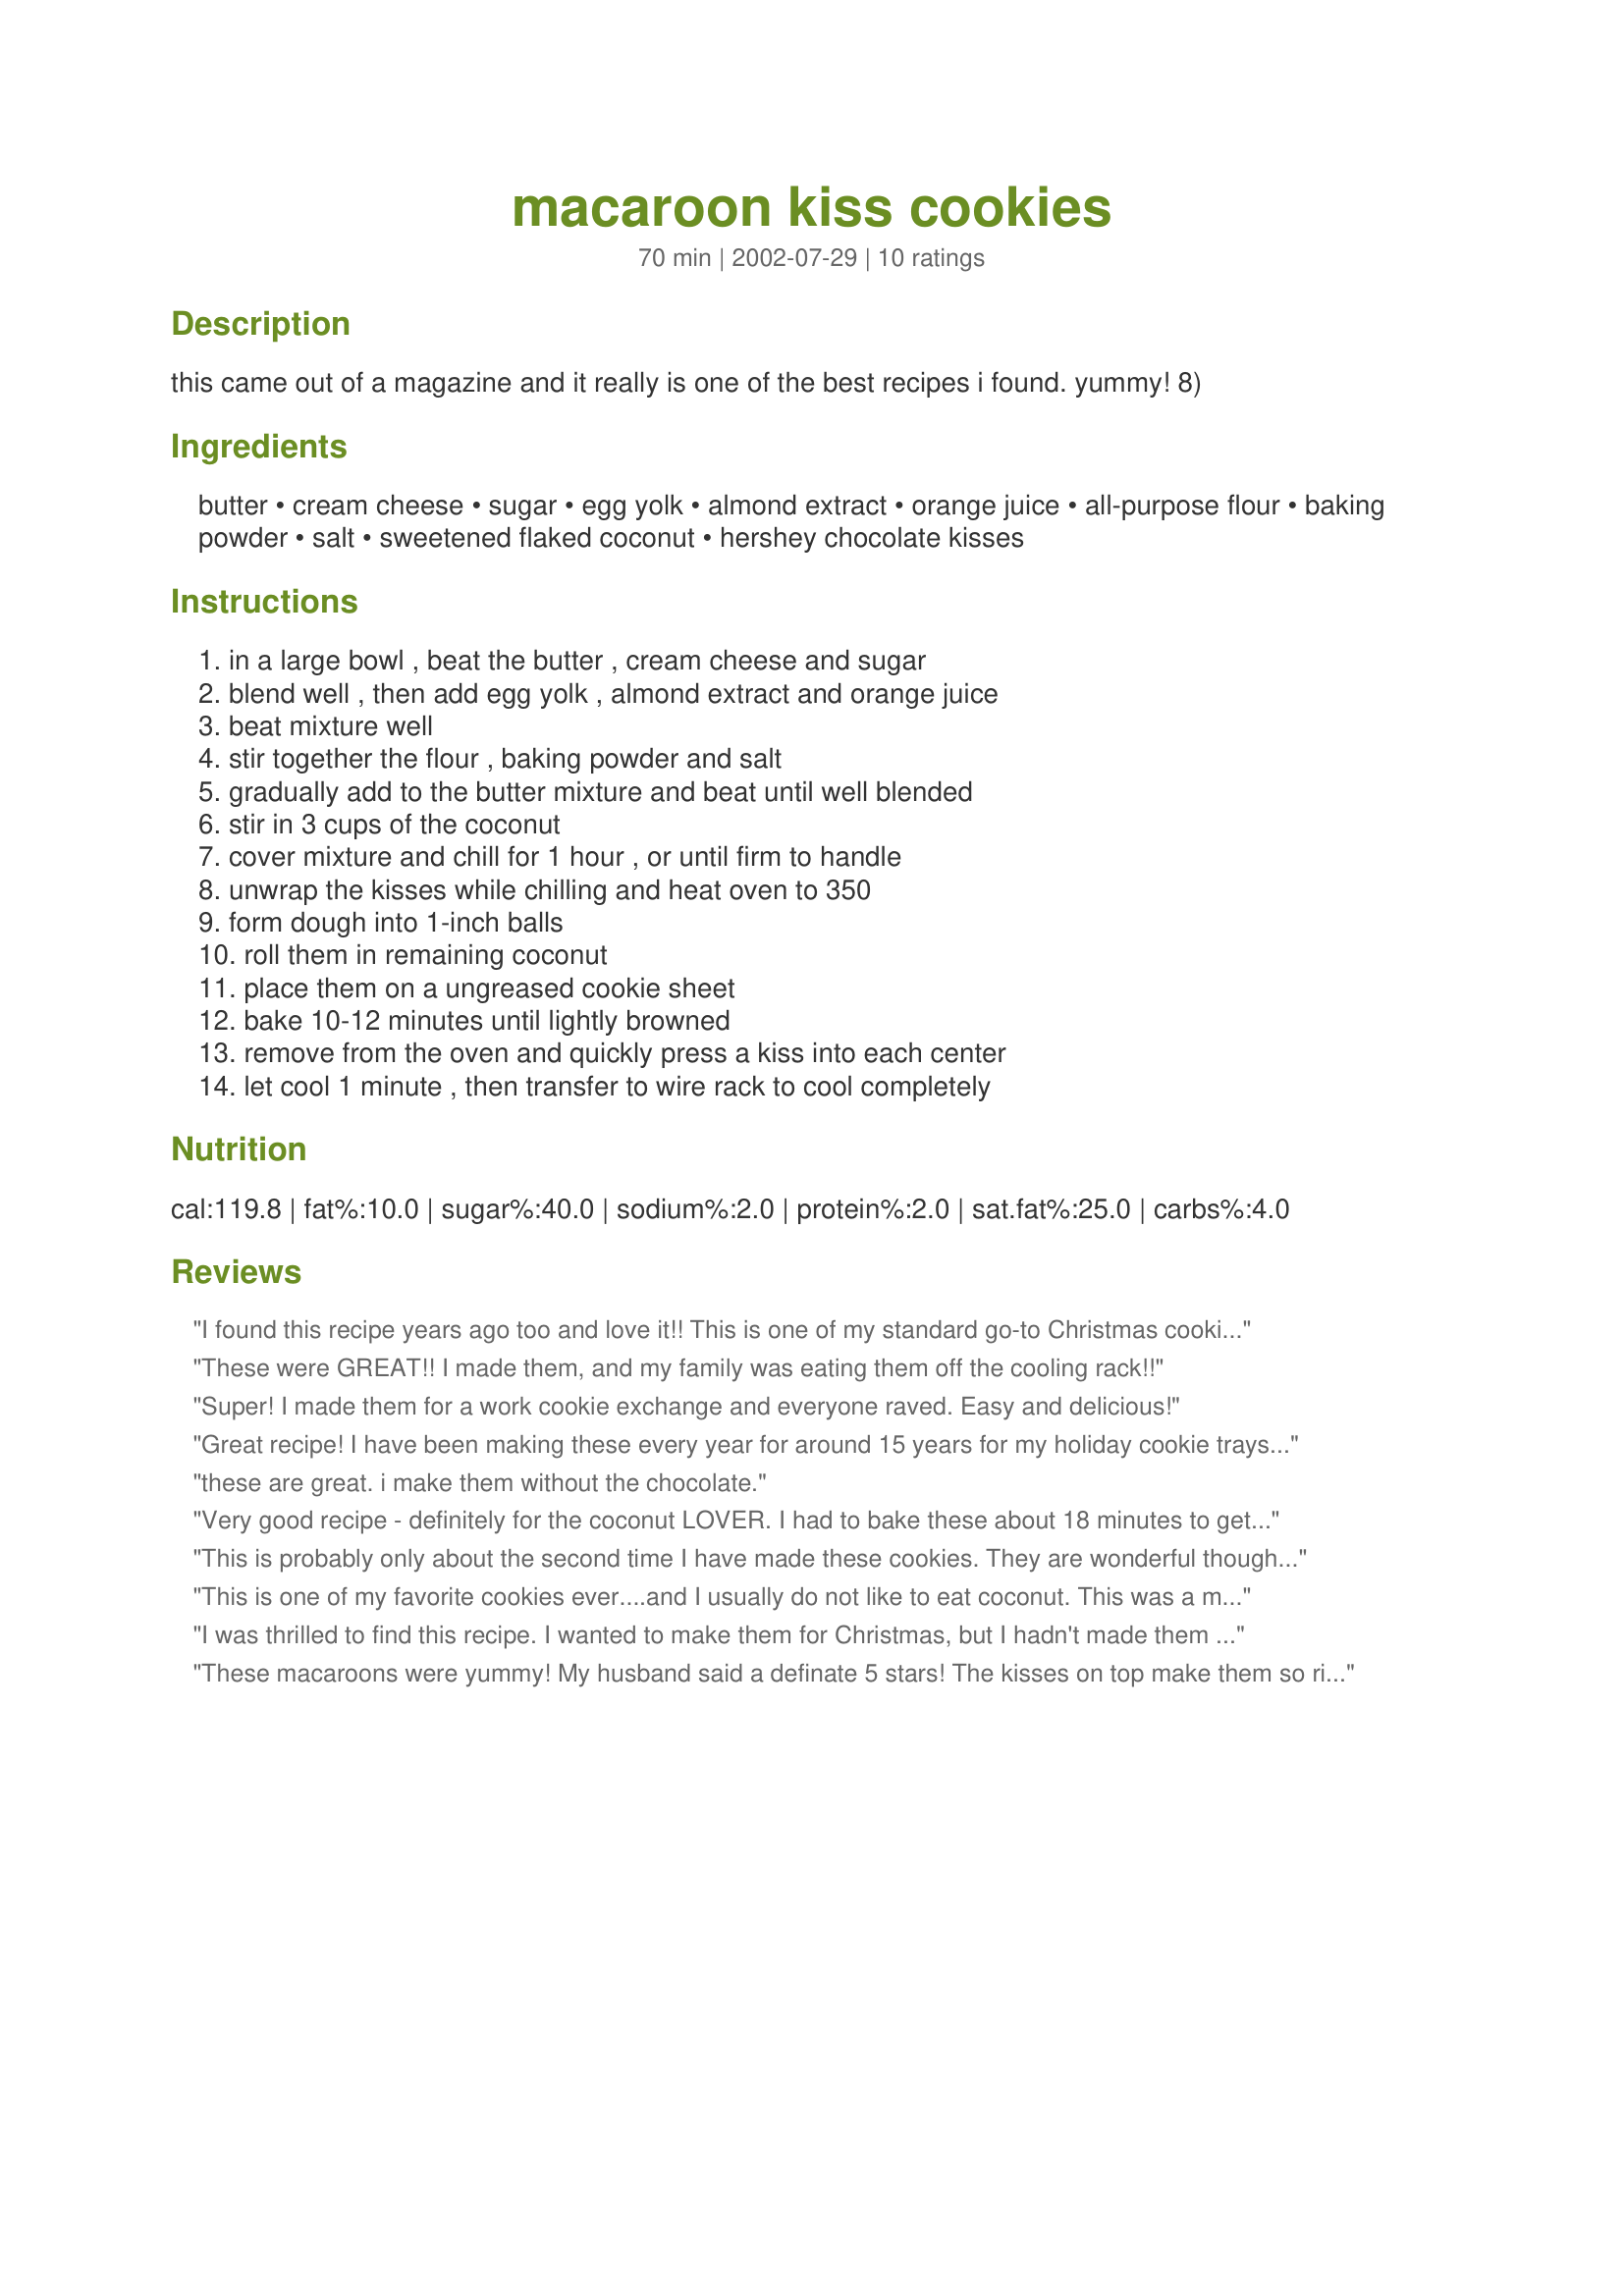
macaroon kiss cookies
Preparation time: 70 minutes

this came out of a magazine and it really is one of the best recipes i found. yummy! 8)

Ingredients:
butter, cream cheese, sugar, egg yolk, almond extract, orange juice, all-purpose flour, baking powder, salt, sweetened flaked coconut, hershey chocolate kisses

Steps:
in a large bowl , beat the butter , cream cheese and sugar, blend well , then add egg yolk , almond extract and orange juice, beat mixture well, stir together the flour , baking powder and salt, gradually add to the butter mixture and beat until well blended, stir in 3 cups of the coconut, cover mixture and chill for 1 hour , or until firm to handle, unwrap the kisses while chilling and heat oven to 350, form dough into 1-inch balls, roll them in remaining coconut, place them on a ungreased cookie sheet, bake 10-12 minutes until lightly browned, remove from the oven and quickly press a kiss into each center, let cool 1 minute , then transfer to wire rack to cool completely

Reviews:
I found this recipe years ago too and love it!! This is one of my standard go-to Christmas cookie recipes. So good! I also make a batch without the kisses too.
These were GREAT!! I made them, and my family was eating them off the cooling rack!!
Super! I made them for a work cookie exchange and everyone raved. Easy and delicious!
Great recipe! I have been making these every year for around 15 years for my holiday cookie trays. My late father's favorite cookie.
these are great. i make them without the chocolate.
Very good recipe - definitely for the coconut LOVER. I had to bake these about 18 minutes to get to the lightly browned stage.
This is probably only about the second time I have made these cookies. They are wonderful though. I cut the chilling time by placing them in the freezer for about 20 to 30 minutes. When mixing them up, I learned that I had no orange juice so I used lemon. Also, instead of the plain kisses, I used the carmel filled kisses. Made them all that much richer!
This is one of my favorite cookies ever....and I usually do not like to eat coconut. This was a melt-in-your mouth tastey treat!
I was thrilled to find this recipe. I wanted to make them for Christmas, but I hadn't made them in so many years, I had long lost the recipe. I was so excited to find it here. The cookies are wonderful. I use milk instead of the orange juice and I'm going to use dark chocolate kisses then press a roasted almond on top while still warm. Yum.
These macaroons were yummy! My husband said a definate 5 stars! The kisses on top make them so rich! I was feeling a little lazy, so I just put in a whole egg instead of separating it. Thanks for a good recipe!:)
